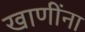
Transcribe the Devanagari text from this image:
खाणींना